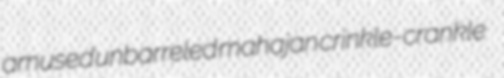
amused unbarreled mahajan crinkle-crankle